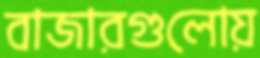
বাজারগুলোয়